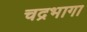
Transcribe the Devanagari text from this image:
चद्रभागा